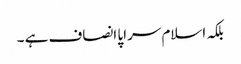
بلکہ اسلام سراپا انصاف ہے ۔